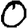
Digit: 0